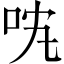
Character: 㕪